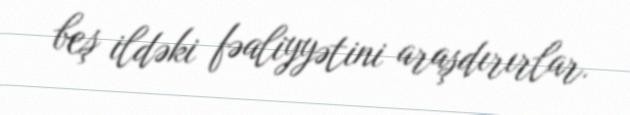
beş ildəki fəaliyyətini araşdırırlar.